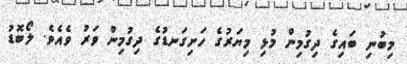
މިބުނި ބައިގެ ދިގުމިން މުޅި މިޔަރުގެ ހަށިގަނޑުގެ ދިގުމިން ވަރު ވެއެވެ. ލޯބޮޑު